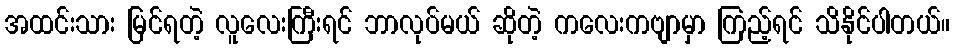
အထင်းသား မြင်ရတဲ့ လူလေးကြီးရင် ဘာလုပ်မယ် ဆိုတဲ့ ကလေးကဗျာမှာ ကြည့်ရင် သိနိုင်ပါတယ်။